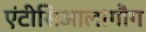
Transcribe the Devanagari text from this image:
एंटीसिआलागौग